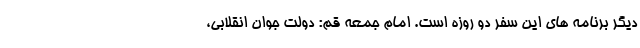
دیگر برنامه های این سفر دو روزه است. امام جمعه قم: دولت جوان انقلابی،